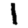
Digit: 1